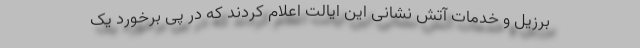
برزیل و خدمات آتش نشانی این ایالت اعلام کردند که در پی برخورد یک